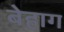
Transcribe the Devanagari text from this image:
बेहाग